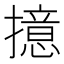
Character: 𢶶